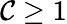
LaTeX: \mathcal{C}\geq1